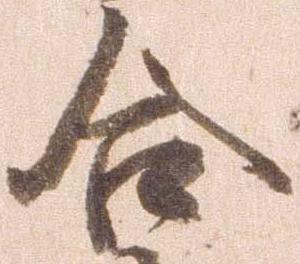
合